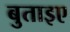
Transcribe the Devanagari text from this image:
बुताइए